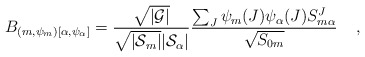
\begin{align*} B_{(m, \psi_m)[\alpha, \psi_\alpha]} = {\sqrt{|\cal G|} \over \sqrt{|{\cal S}_{m}|}|{\cal S}_{\alpha}|}{ \sum_J \psi_{m}(J) \psi_{\alpha}(J) {S}^J_{m\alpha} \over \sqrt{{S}_{0m}}} \;\;\;\; ,\end{align*}